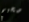
صحيح